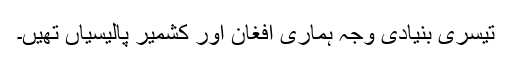
تیسری بنیادی وجہ ہماری افغان اور کشمیر پالیسیاں تھیں۔